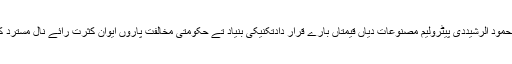
میاں محمود الرشیددی پیٹرولیم مصنوعات دیاں قیمتاں بارے قرار دادتکنیکی بنیاد تے حکومتی مخالفت پاروں ایوان کثرت رائے نال مسترد کرڈتی۔